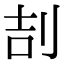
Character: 㓤